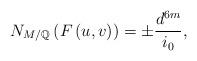
LaTeX: \begin{align*}N_{M/\mathbb{Q}}\left( F\left( u,v\right) \right) =\pm\frac{d^{6m}}{i_{0}},\end{align*}